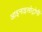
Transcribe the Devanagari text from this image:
आइनाइसोट्रोपी